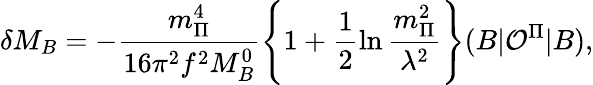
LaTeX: \delta M_{B}=-\frac{m_{\Pi}^{4}}{16\pi^{2}f^{2}M_{B}^{0}}\left\{ 1+\frac 12\ln\frac{m_{\Pi}^{2}}{\lambda^{2}}\right\} (B|{\cal O}^{\Pi}|B),